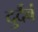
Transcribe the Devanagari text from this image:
दुर्दैवं